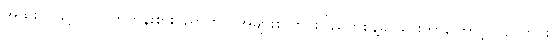
အထူးသဖြင့် လူလတ်တန်းစားပညာတတ်အများစု တိုင်းပြည်ကိုစွန့်ခွာသွားတာကြောင့် ပြည်တွင်း